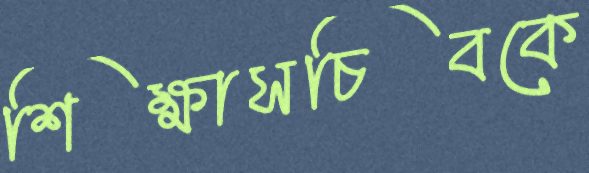
শিক্ষাসচিবকে